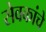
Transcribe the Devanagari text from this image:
सेवकांचे